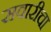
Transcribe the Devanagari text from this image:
सवारीचा